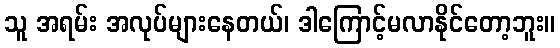
သူ အရမ်း အလုပ်များနေတယ်၊ ဒါကြောင့်မလာနိုင်တော့ဘူး။